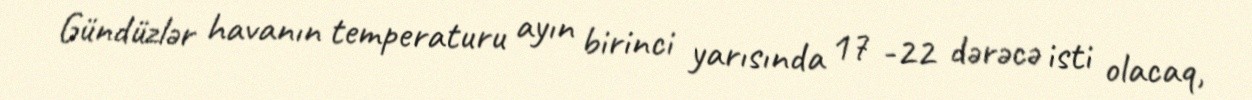
Gündüzlər havanın temperaturu ayın birinci yarısında 17 -22 dərəcə isti olacaq,